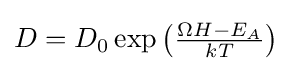
D=D_{0}\exp \left({\tfrac {\Omega H-E_{A}}{kT}}\right)